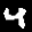
Label: 4